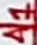
Text: A1